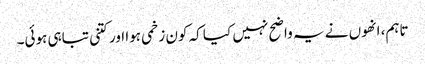
تاہم، انھوں نے یہ واضح نہیں کیا کہ کون زخمی ہوا اور کتنی تباہی ہوئی۔